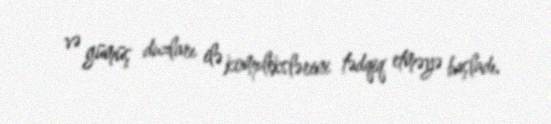
və gümüş duzları ilə komplekslərini tədqiq etməyə başladı.